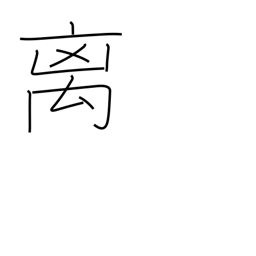
Meaning: rare beast